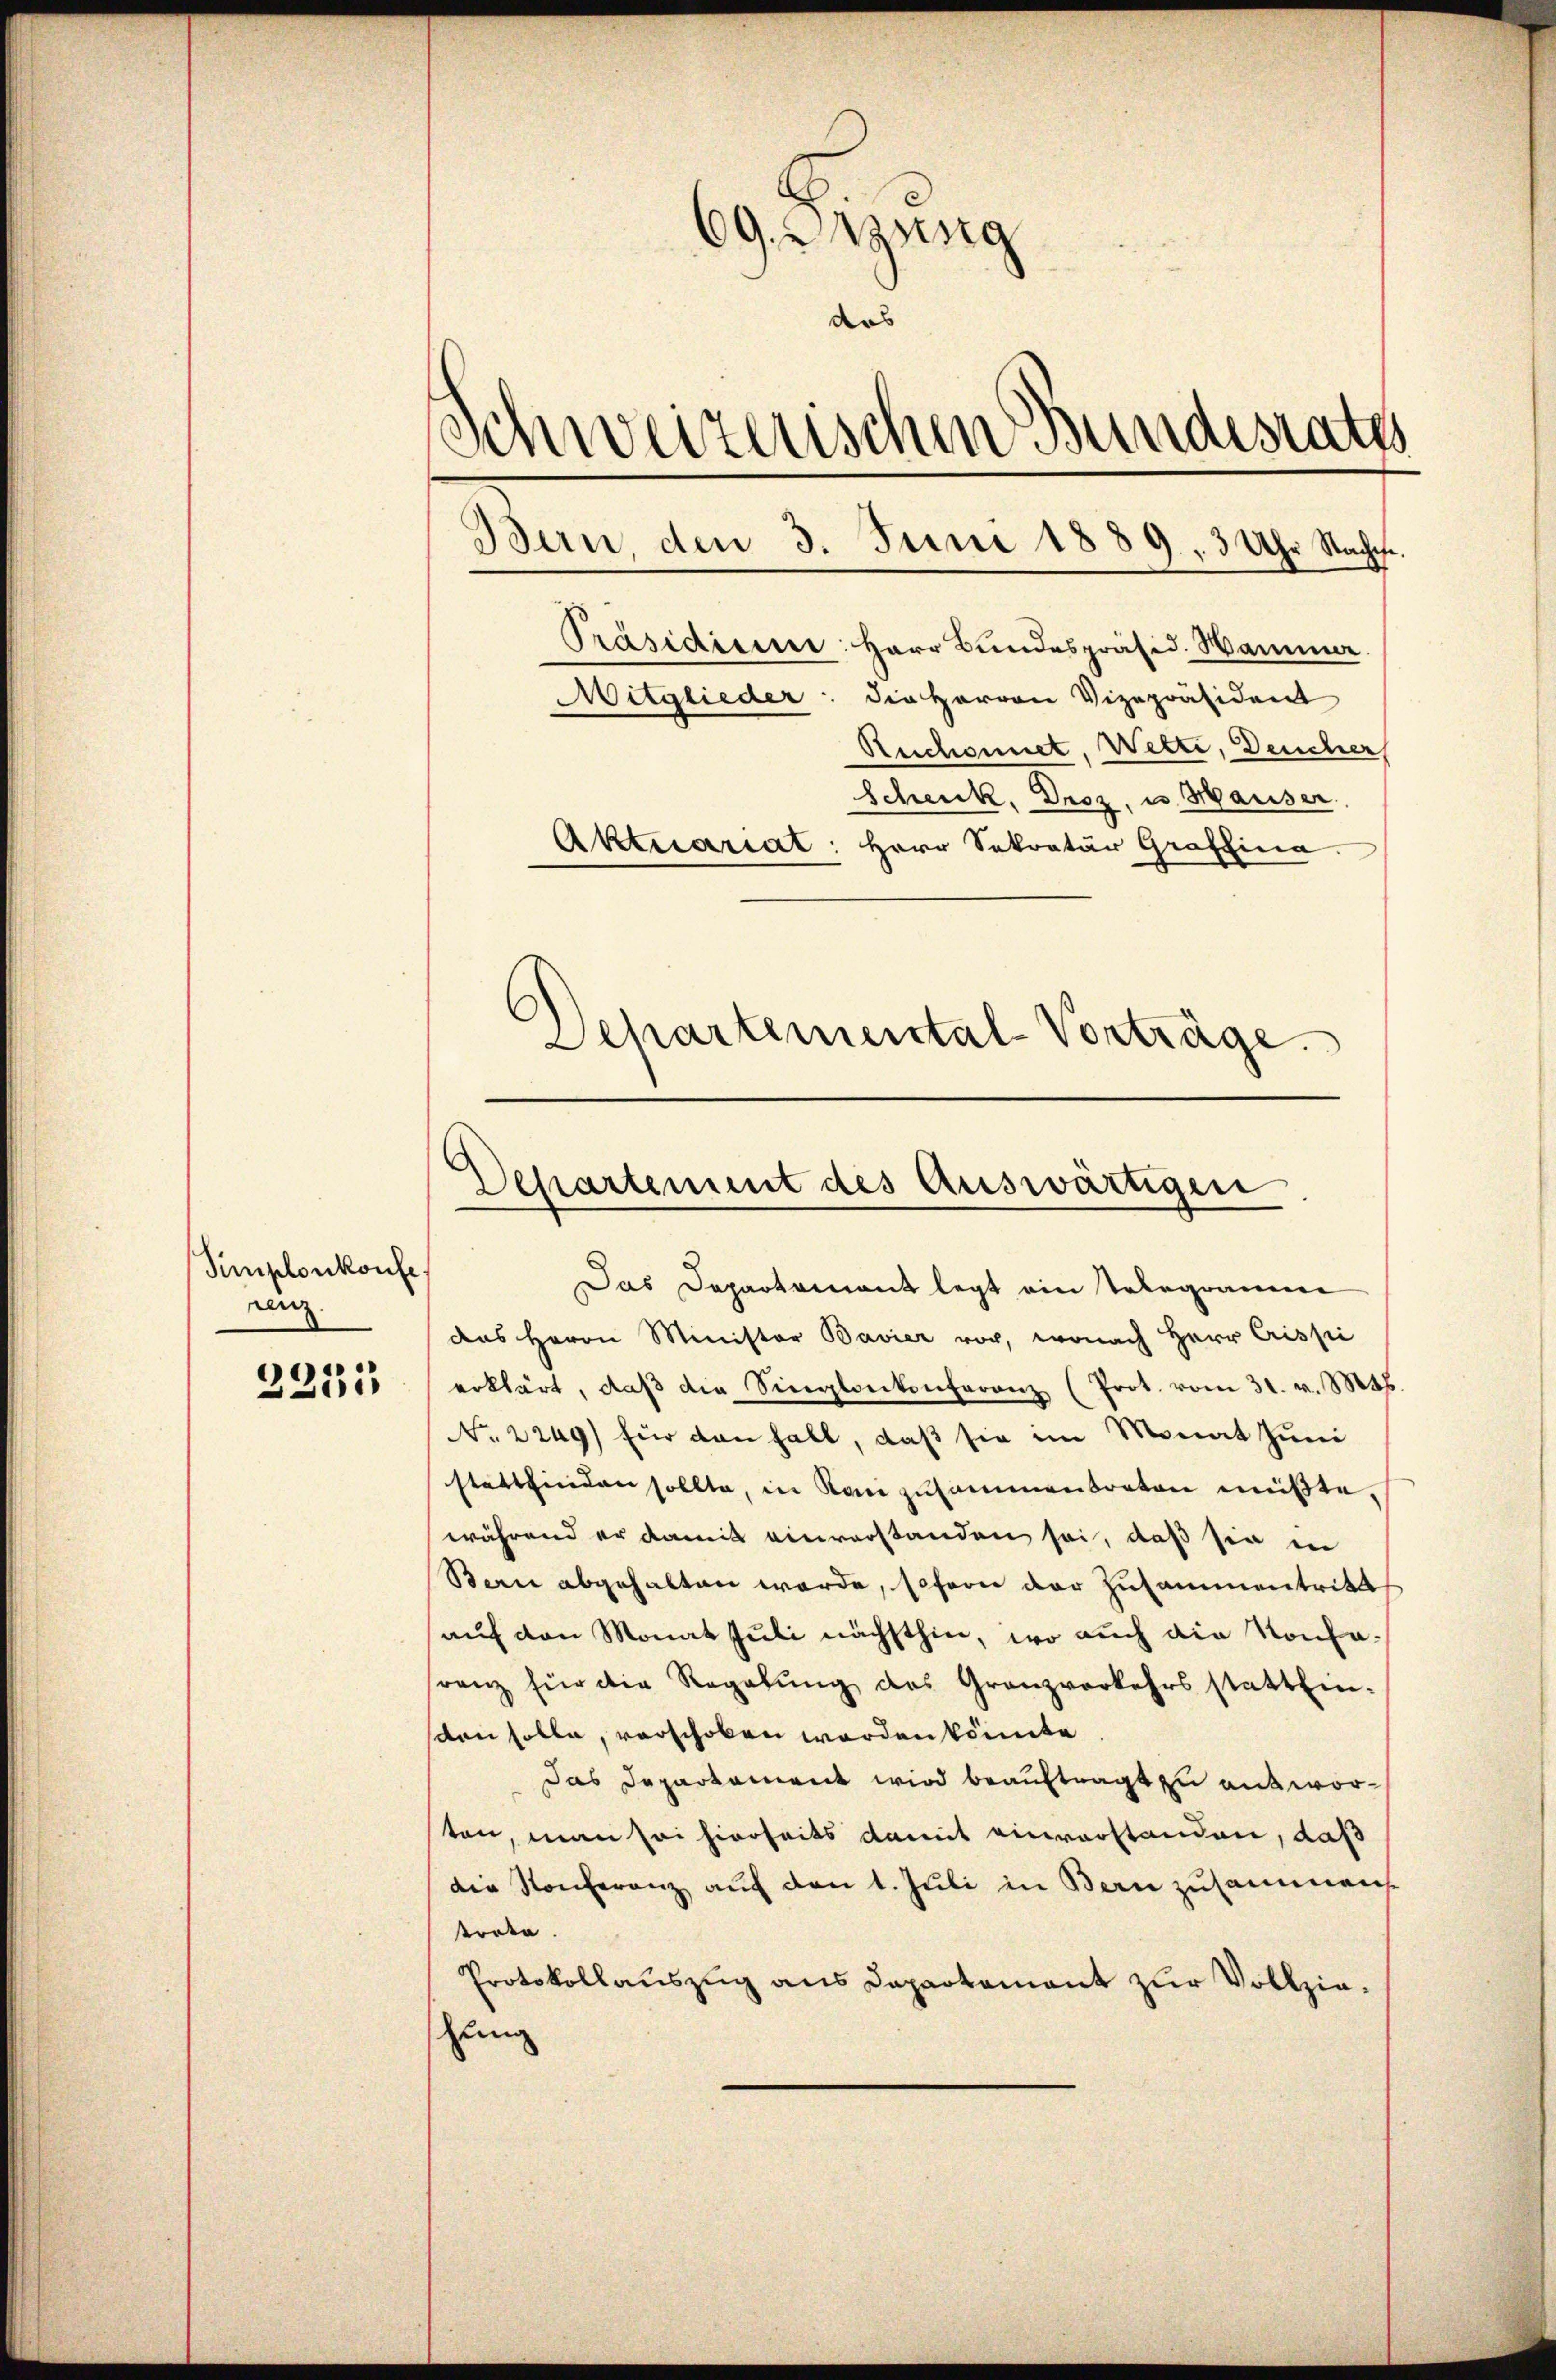
Simplonkonfe
renz.

2253

69. g
das
Schweizerischen Bundesrates
Ban, den 3. Juni 1889, 3 Uhr Nacht.
Präsidicine: Herr Bundespräsid. Hammer.
Mitglieder: die Herren Vizepräsident
Reichennet, Wetzi, Deucher
Schenk, Droz, u. Hauser,
Aktuariat: Herr Sekretär Graffina

Dehartemental-Vorträge.

Departement des Auswärtigen

Das Departement legt ein Telegramme
das Herrn Minister Bavier vor, wonach Herr Crissi
erklärt, daβ die Singlankonferenz (Prot. vom 31. v. Mts.
No. 2249) für den halt, daß sie im Monat Juni
stattfinden sollte, in Roni zusammentreten müßte.
während er damit einverstanden sei, daß sie in
Ban abgehalten werde, sofern der Zusammentritt
auf den Monat Juli nächsthin, wo auch die Konfaranz für die Regelŭng des Granzverkehrsstatt Ein-
sten solle, verschoben werden könnte
das Departament wird beauftragt zu antworsten, man sei hierheits damit einverstanden, daß
die Konferenz auf den 1. Juli in Bern zusammen.
torte.
Protokollauszug aus Dapartament zur Vollziezung